Report of the Indian Hemp Drugs Commission, 1894-1895 - Volume IV
Year: 1894
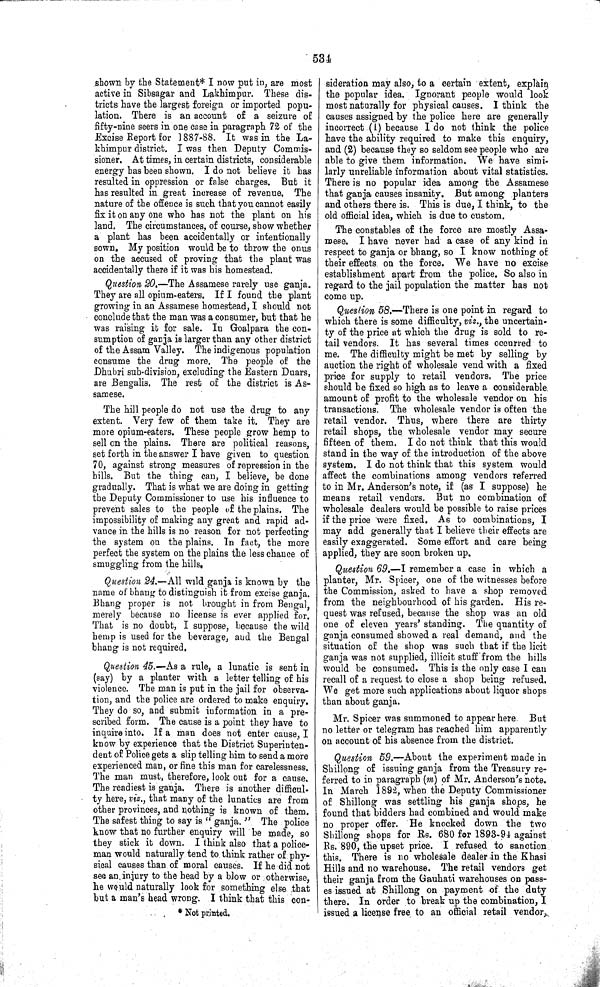
534
shown by the Statement* I now put in, are most
active in Sibsagar and Lakhimpur. These dis-
tricts have the largest foreign or imported popu-
lation. There is an account of a seizure of
fifty-nine seers in one case in paragraph 72 of the
Excise Report for 1887-88. It was in the La-
khimpur district. I was then Deputy Commis-
sioner. At times, in certain districts, considerable
energy has been shown. I do not believe it has
resulted in oppression or false charges. But it
has resulted in great increase of revenue. The
nature of the offence is such that you cannot easily
fix it on any one who has not the plant on his
land. The circumstances, of course, show whether
a plant has been accidentally or intentionally
sown. My position would be to throw the onus
on the accused of proving that the plant was
accidentally there if it was his homestead.
Question 20.—The Assamese rarely use ganja.
They are all opium-eaters. If I found the plant
growing in an Assamese homestead, I should not
conclude that the man was a consumer, but that he
was raising it for sale. In Goalpara the con-
sumption of ganja is larger than any other district
of the Assam Valley. The indigenous population
consume the drug more. The people of the
Dhubri sub-division, excluding the Eastern Duars,
are Bengalis. The rest of the district is As-
samese.
The hill people do not use the drug to any
extent. Very few of them take it. They are
more opium-eaters. These people grow hemp to
sell on the plains. There are political reasons,
set forth in the answer I have given to question
70, against strong measures of repression in the
hills. But the thing can, I believe, be done
gradually. That is what we are doing in getting
the Deputy Commissioner to use his influence to
prevent sales to the people of the plains. The
impossibility of making any great and rapid ad-
vance in the hills is no reason for not perfecting
the system on the plains. In fact, the more
perfect the system on the plains the less chance of
smuggling from the hills.
Question 24.—All wild ganja is known by the
name of bhang to distinguish it from excise ganja.
Bhang proper is not brought in from Bengal,
merely because no license is ever applied for.
That is no doubt, I suppose, because the wild
hemp is used for the beverage, and the Bengal
bhang is not required.
Question 45.—As a rule, a lunatic is sent in
(say) by a planter with a letter telling of his
violence. The man is put in the jail for observa-
tion, and the police are ordered to make enquiry.
They do so, and submit information in a pre-
scribed form. The cause is a point they have to
inquire into. If a man does not enter cause, I
know by experience that the District Superinten-
dent of Police gets a slip telling him to send a more
experienced man, or fine this man for carelessness.
The man must, therefore, look out for a cause.
The readiest is ganja. There is another difficul-
ty here, vi z., that many of the lunatics are from
other provinces, and nothing is known of them.
The safest thing to say is "ganja." The police
know that no further enquiry will be made, so
they stick it down. I think also that a police-
man would naturally tend to think rather of phy-
sical causes than of moral causes. If he did not
see an injury to the head by a blow or otherwise,
he would naturally look for something else that
but a man's head wrong. I think that this con-
* Not printed.
sideration may also, to a certain extent, explain
the popular idea. Ignorant people would look
most naturally for physical causes. I think the
causes assigned by the police here are generally
incorrect (1) because I do not think the police
have the ability required to make this enquiry,
and (2) because they so seldom see people who are
able to give them information. We have simi-
larly unreliable information about vital statistics.
There is no popular idea among the Assamese
that ganja causes insanity. But among planters
and others there is. This is due, I think, to the
old official idea, which is due to custom.
The constables of the force are mostly Assa-
mese. I have never had a case of any kind in
respect to ganja or bhang, so I know nothing of
their effects, on the force. We have no excise
establishment apart from the police. So also in
regard to the jail population the matter has not
come up.
Question 58.—There is one point in regard to
which there is some difficulty, viz., the uncertain-
ty of the price at which the drug is sold to re-
tail vendors. It has several times occurred to
me. The difficulty might be met by selling by
auction the right of wholesale vend with a fixed
price for supply to retail vendors. The price
should be fixed so high as to leave a considerable.
amount of profit to the wholesale vendor on his
transactions. The wholesale vendor is often the
retail vendor. Thus, where there are thirty
retail shops, the wholesale vendor may secure
fifteen of them. I do not think that this would
stand in the way of the introduction of the above
system. I do not think that this system would
affect the combinations among vendors referred
to in Mr. Anderson's note, if (as I suppose) he
means retail vendors. But no combination of
wholesale dealers would be possible to raise prices
if the price were fixed. As to combinations, I
may add generally that I believe their effects are
easily exaggerated. Some effort and care being
applied, they are soon broken up.
Question 69.—I remember a case in which a
planter, Mr. Spicer, one of the witnesses before
the Commission, asked to have a shop removed
from the neighbourhood of his garden. His re-
quest was refused, because the shop was an old
one of eleven years' standing. The quantity of
ganja consumed showed a real demand, and the
situation of the shop was such that if the licit
ganja was not supplied, illicit stuff from the hills
would be consumed. This is the only case I can
recall of a request to close a shop being refused.
We get more such applications about liquor shops
than about ganja.
Mr. Spicer was summoned to appear here. But
no letter or telegram has reached him apparently
on account of his absence from the district.
Question 59.—About the experiment made in
Shillong of issuing ganja from the Treasury re-
ferred to in paragraph (m) of Mr. Anderson's note.
In March 1892, when the Deputy Commissioner
of Shillong was settling his ganja shops, he
found that bidders had combined and would make
no proper offer. He knocked down the two
Shillong shops for Rs. 680 for 1893-94 against
Rs. 890, the upset price. I refused to sanction
this. There is no wholesale dealer in the Khasi
Hills and no warehouse. The retail vendors get
their ganja from the Gauhati warehouses on pass-
es issued at Shillong on payment of the duty
there. In order to break up the combination, I
issued a license free to an official retail vendor,